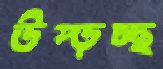
উপ্‌ড়চ্ছ